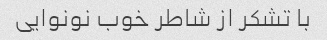
با تشکر از شاطر خوب نونوایی